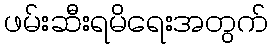
ဖမ်းဆီးရမိရေးအတွက်